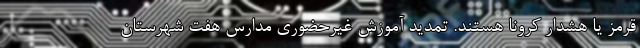
قرمز یا هشدار کرونا هستند. تمدید آموزش غیرحضوری مدارس هفت شهرستان